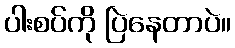
ပါးစပ်ကို ပြဲနေတာပဲ။